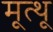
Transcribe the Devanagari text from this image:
मूत्थू